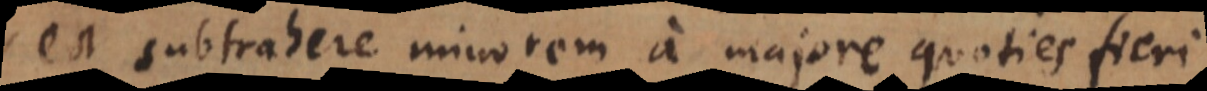
est subtrahere minorem a majore quoties fieri